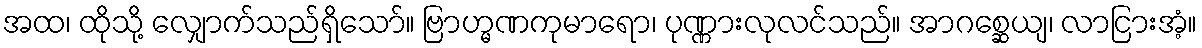
အထ၊ ထိုသို့ လျှောက်သည်ရှိသော်။ ဗြာဟ္မဏကုမာရော၊ ပုဏ္ဏားလုလင်သည်။ အာဂစ္ဆေယျ၊ လာငြားအံ့။